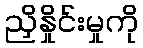
ညှိနှိုင်းမှုကို